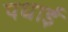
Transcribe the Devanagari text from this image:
पधाई